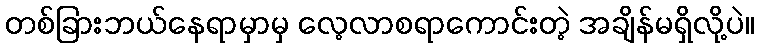
တစ်ခြားဘယ်နေရာမှာမှ လေ့လာစရာကောင်းတဲ့ အချိန်မရှိလို့ပဲ။